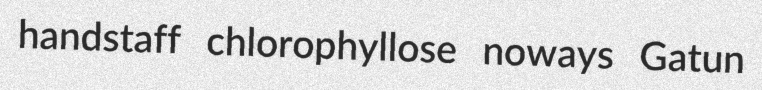
handstaff chlorophyllose noways Gatun